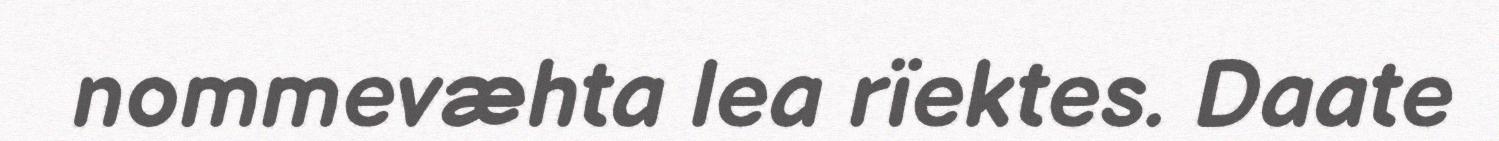
nommevæhta lea rïektes. Daate